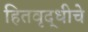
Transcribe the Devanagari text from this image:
हितवृद्धीचे